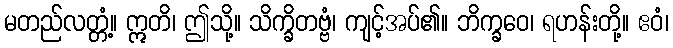
မတည်လတ္တံ့။ ဣတိ၊ ဤသို့။ သိက္ခိတဗ္ဗံ၊ ကျင့်အပ်၏။ ဘိက္ခဝေ၊ ရဟန်းတို့။ ဧဝံ၊